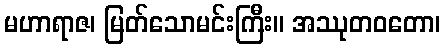
မဟာရာဇ၊ မြတ်သောမင်းကြီး။ အဿုတဝတော၊